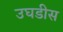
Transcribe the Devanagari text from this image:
उघडीस